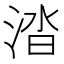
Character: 涾